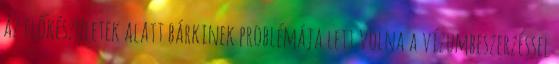
az előkészületek alatt bárkinek problémája lett volna a vízumbeszerzéssel